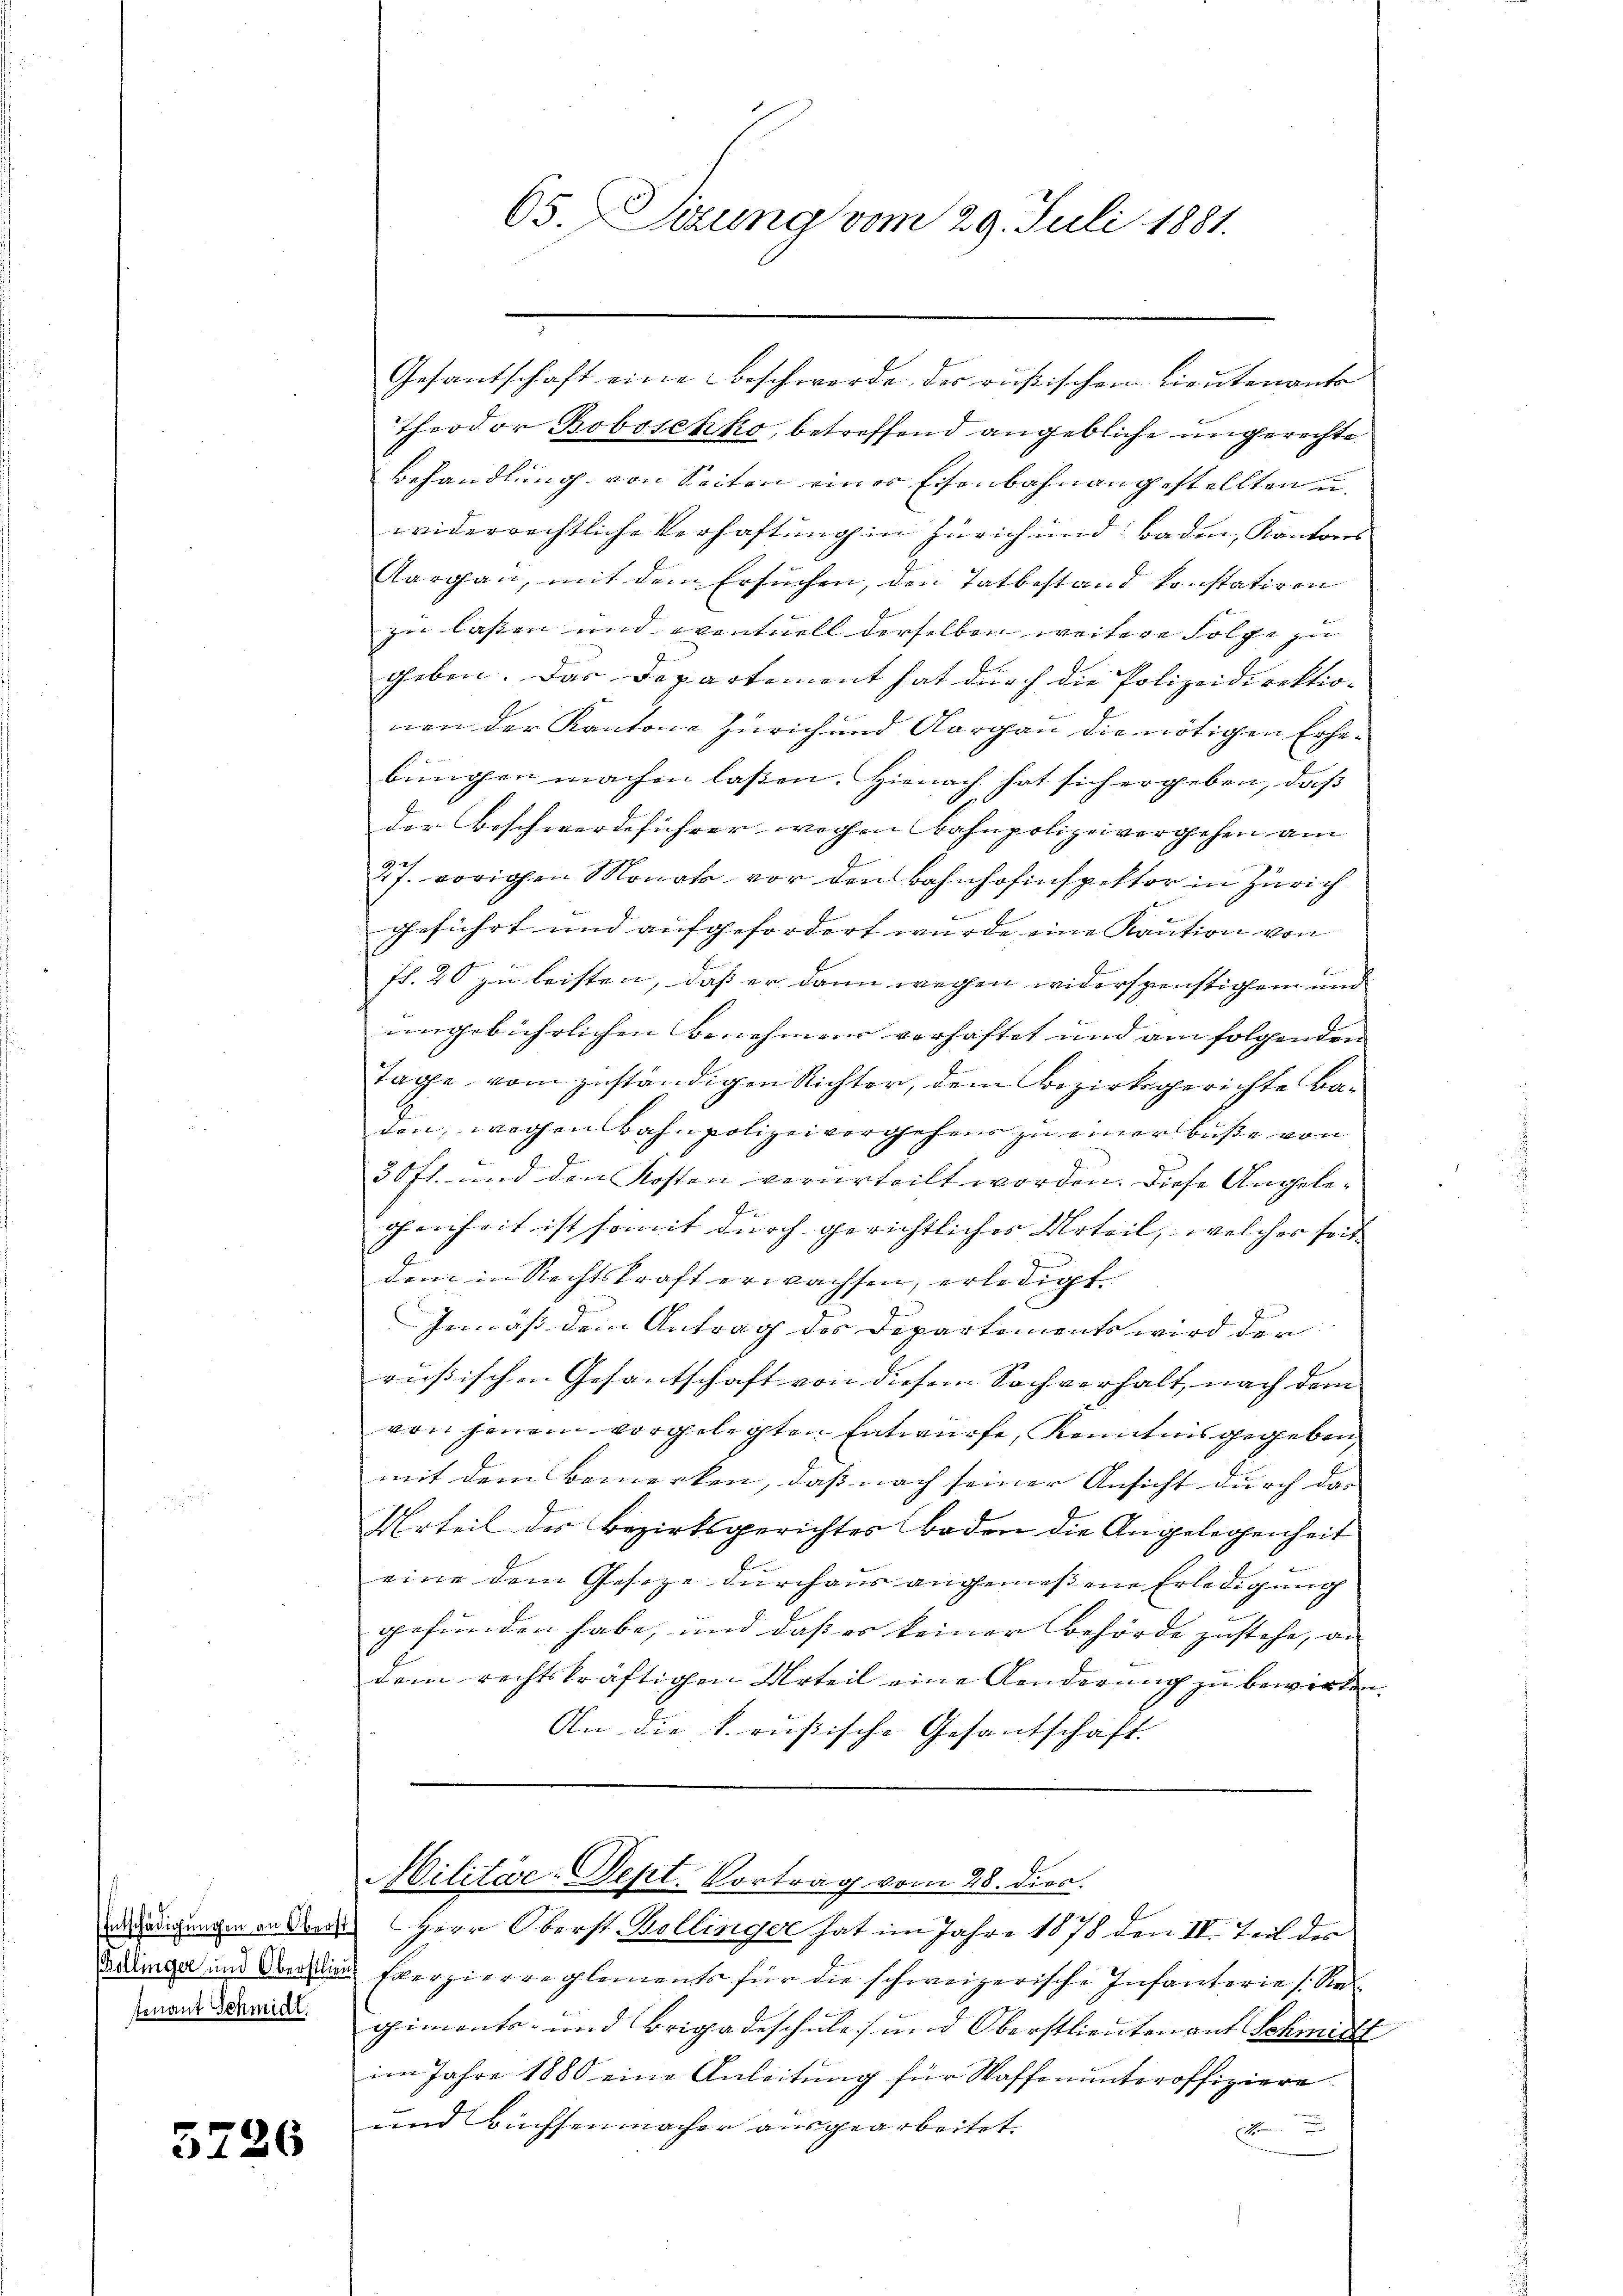
tenant Schmidt.

5226

65. Sitzung vom 29. Juli 1881.

Gesantschaft eine Beschwerde des rußischen Lieutenante
Theodor Boboschko, betreffend angebliche ungerechte
Behandlung von Seiten einer Eisenbahnangestellten u.
widerrechtliche Verhaftung in Zürich und Baden, Kantons
Aargau, mit dem Ersuchen, den Tatbestand konstatiren
zu lassen und eventuell derselben weitere solche zu
geben. Das Departement hat durch die Polizeidirektio-
nen der Kantons Zürich und Aargau die nötigen Erhebungen machen lassen. Hienach hat sich ergeben, daß
der Beschwerdeführer wegen Bahnpolizeivergehen am
27. vorigen Monate vor den Bahnhofinspektor in Zürich
geführt und aufgefordert wurde eine Kaution von
fr. 20 zu leisten, daß er dann wegen widerspenstigem und
ungebührlichen Benehmen verhaftet und am folgenden
Tage vom zuständigen Richter, dem Bezirksgerichte Baden, wegen Bahnpolizeivergehens zu einer Buße von
30 fl. und den Kosten verurteilt worden. Diese Angelegenheit ist somit durch gerichtliches Urteil, welches seit
dem in Rechtskraft erwachsen, erledigt.
Gemäß dem Antrag des Departements wird der
rußischen Gesantschaft von diesem Sachverhalt, nach dem
von jenem vorgelegten Entwurfe, Kenntnis gegeben,
mit dem Bemerken, daß nach seiner Ansicht durch das
Urteil der Bezirksgerichtes Boden die Angelegenheit
E
eine dem Gesetze durchaus angemeßene Erledigung
gefunden habe, und daß er keiner Behörde zustehe, an
dem rechtskräftigen Urteil eine Aenderung zu bewirken.
An die k. rußische Gesantschaft

eerdigungen in des Herr Oberst Bollinger hat im Jahre 1878 den II. Teil des
Ardiger und der die Exerzierreglements für die schweizerische Infanterie (Regiments- und Brigadeschule und Oberstlieutenant Schmitt
im Jahre 1880 eine Anleitung für Waffenunteroffiziere
und Büchsenmacher ausgearbeitet.
1

Militär-Dept. Vortrag vom 28. dies.